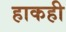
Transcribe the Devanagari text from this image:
हाकही